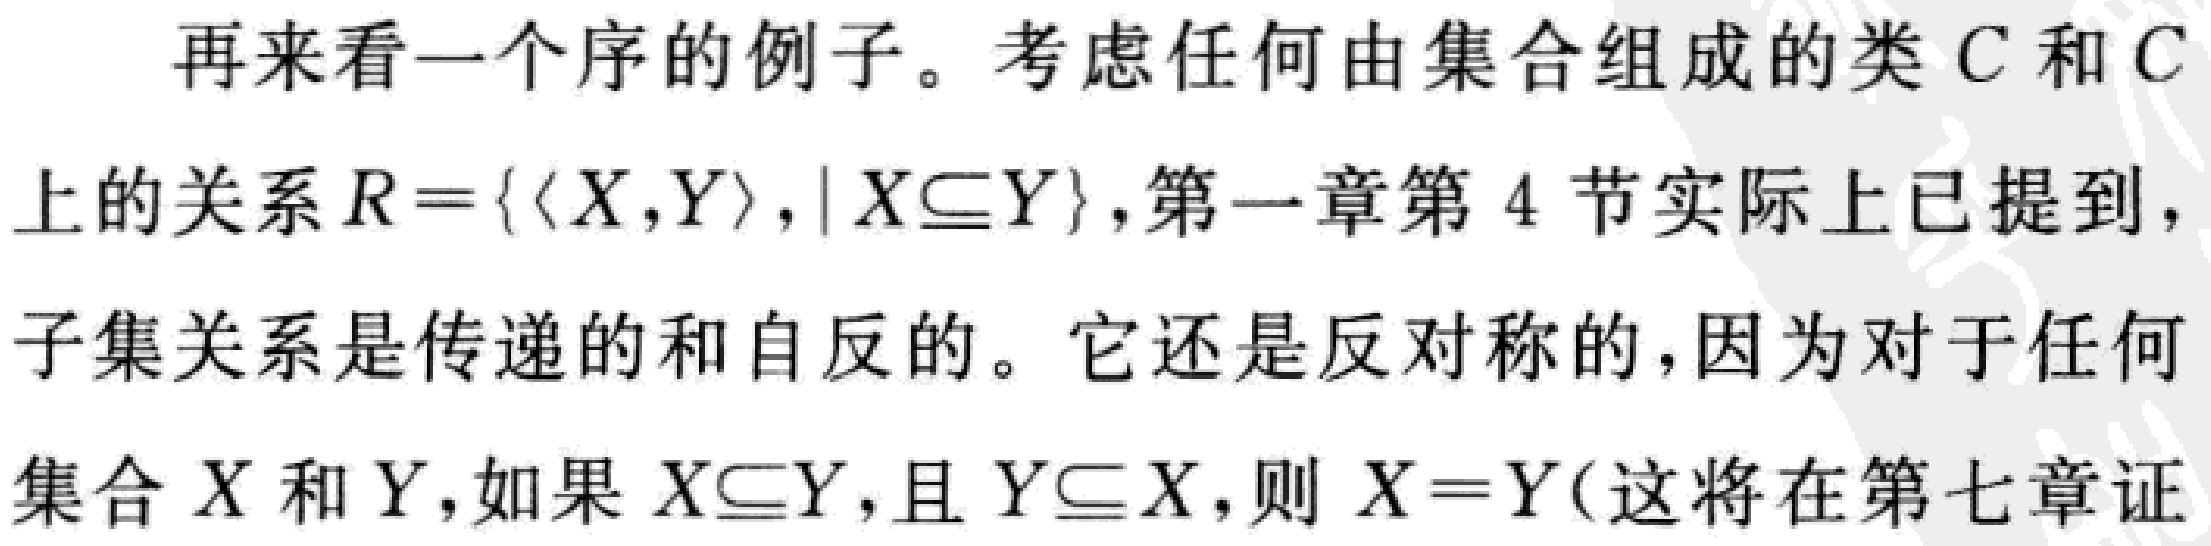
再来看一个序的例子。考虑任何由集合组成的类 \(C\) 和 \(C\) 上的关系 \(R = \{ \langle X,Y\rangle,\mid X\subseteq Y\}\)，第一章第 4 节实际上已提到，子集关系是传递的和自反的。它还是反对称的，因为对于任何集合 \(X\) 和 \(Y\)，如果 \(X\subseteq Y\)，且 \(Y\subseteq X\)，则 \(X = Y\)（这将在第七章证